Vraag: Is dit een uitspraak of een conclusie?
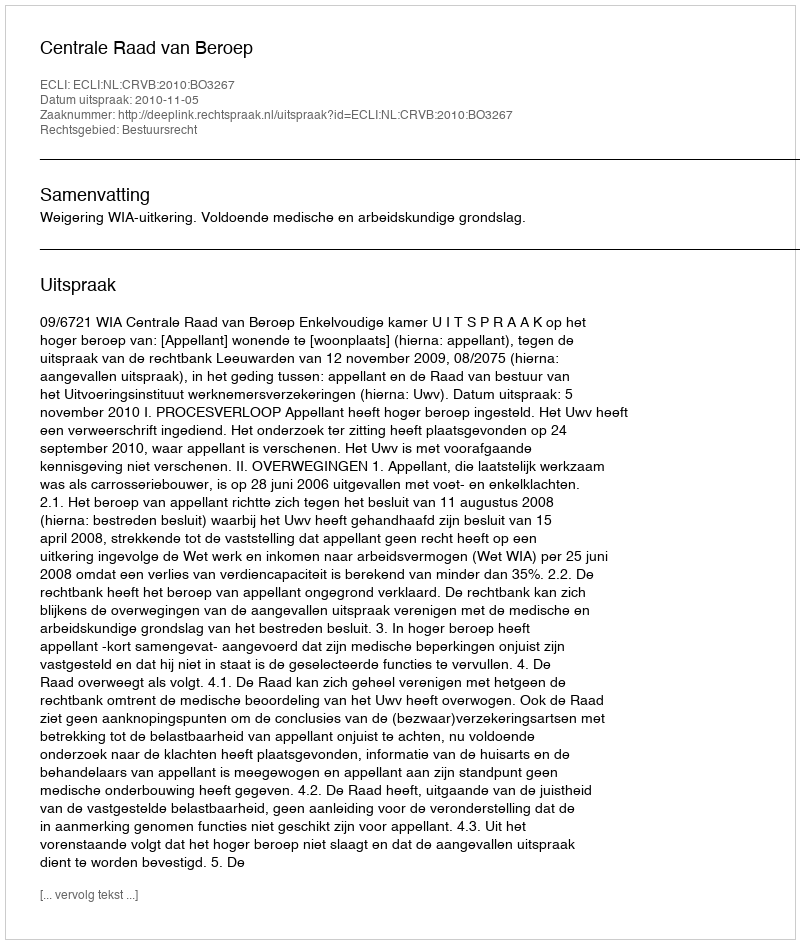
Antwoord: Uitspraak